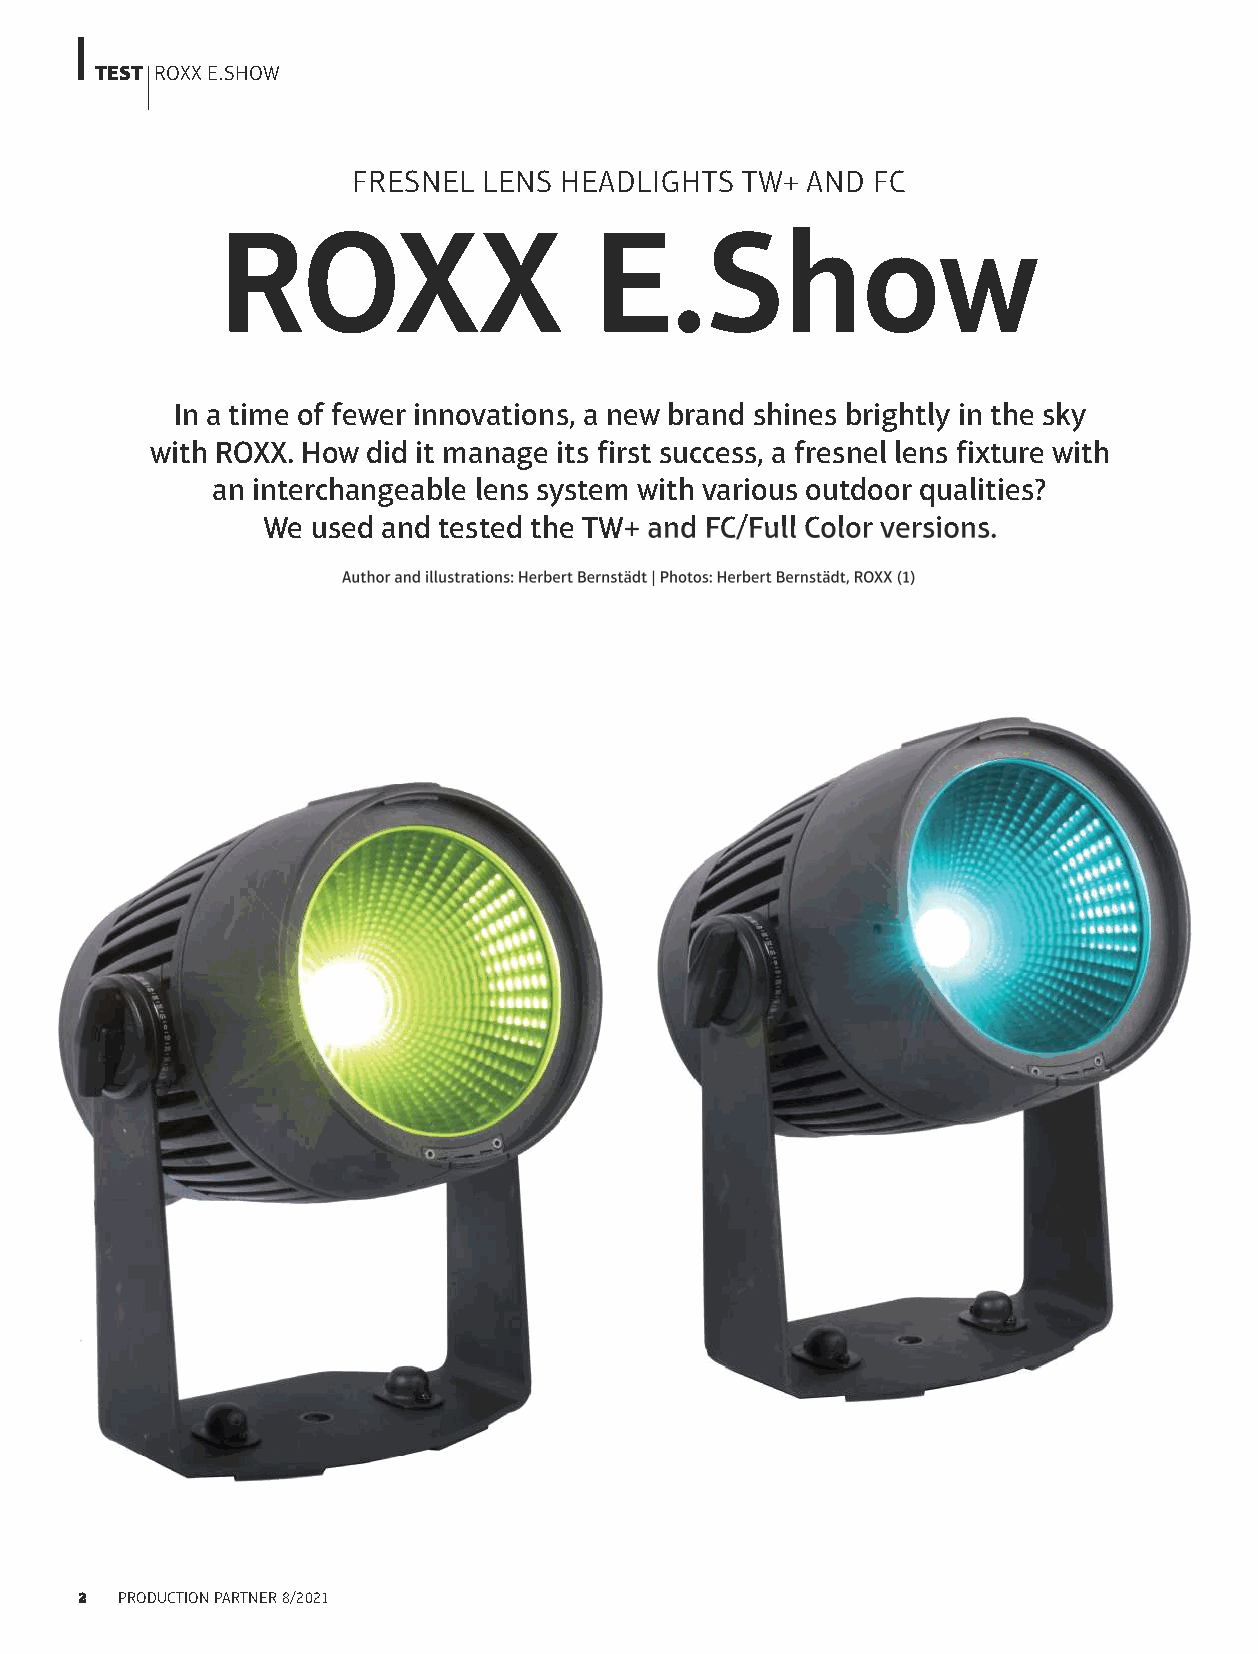
TesT ROXX E.SHOW
 FRESnEL  LEnS HEadLiGHtS  tW+ and  Fc
 ROXX                     E.Show
 In a time of fewer innovations, a new brand shines brightly in the sky
 with ROXX. How did it manage its first success, a fresnel lens fixture with
 an interchangeable lens system with various outdoor qualities?
 We  used and tested the TW+ and FC/Full Color versions.
 Author and illustrations: Herbert Bernstädt | Photos: Herbert Bernstädt, ROXX (1)
 2  PROductiOn PaRtnER 8/2021